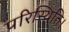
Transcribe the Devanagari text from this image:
परिस्थिति।